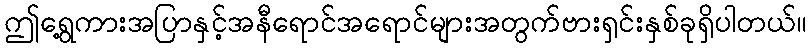
ဤရွေ့ကားအပြာနှင့်အနီရောင်အရောင်များအတွက်ဗားရှင်းနှစ်ခုရှိပါတယ်။